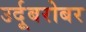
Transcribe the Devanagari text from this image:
उर्दूबरोबर